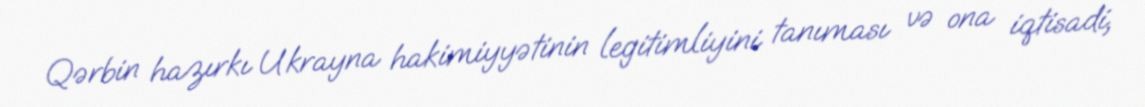
Qərbin hazırkı Ukrayna hakimiyyətinin legitimliyini tanıması və ona iqtisadi,